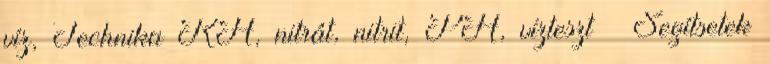
víz, Technika KH, nitrát, nitrit, PH, vízteszt ← Segítsetek